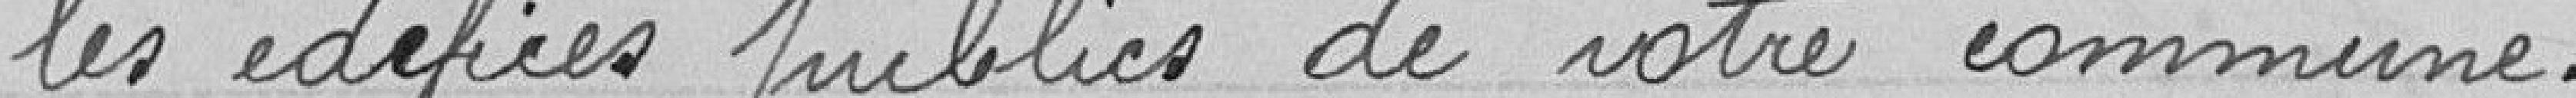
les édifices publics de votre commune.